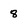
Character: 8